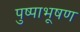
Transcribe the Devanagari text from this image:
पुष्पाभूषण